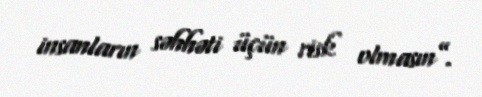
insanların səhhəti üçün risk olmasın”.